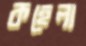
কহেলা